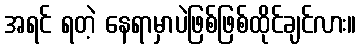
အရင် ရတဲ့ နေရာမှာပဲဖြစ်ဖြစ်ထိုင်ချင်လား။